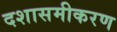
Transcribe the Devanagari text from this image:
दशासमीकरण